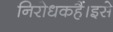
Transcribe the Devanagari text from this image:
निरोधकहैं।इसे